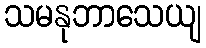
သမနုဘာသေယျ